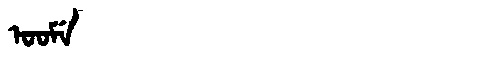
Manchu: ᠣᠣᠮᡝ
Romanization: OOME